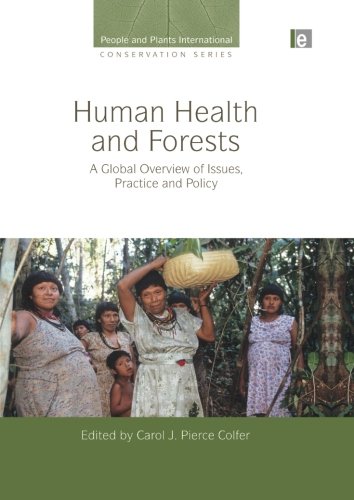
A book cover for Human Health and Forests: A Global Overview of Issues, Practice and Policy (People and Plants International Conservation); Law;